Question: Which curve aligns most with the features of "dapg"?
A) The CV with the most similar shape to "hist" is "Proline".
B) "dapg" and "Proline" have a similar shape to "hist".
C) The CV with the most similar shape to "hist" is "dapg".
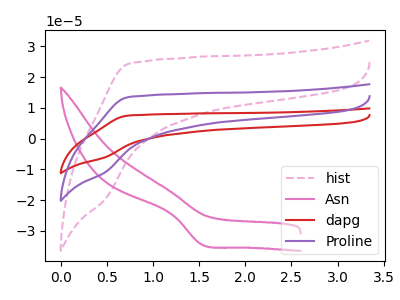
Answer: <think>The pink dashed curve "hist" has no peaks. The pink curve "Asn" has a cathodic peak at: (1.50V, -34.30uA). The red curve "dapg" has no peaks. The purple curve "Proline" has no peaks.
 "hist" and "Asn" have a different number of peaks. Neither "hist" or "dapg" have any peaks. Neither "hist" or "Proline" have any peaks. "Asn" and "dapg" have a different number of peaks. "Asn" and "Proline" have a different number of peaks. Neither "dapg" or "Proline" have any peaks.</think>
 <answer>B) "dapg" and "Proline" have a similar shape to "hist".</answer>
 <eval>B</eval>